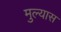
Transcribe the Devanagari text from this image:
मुल्यास